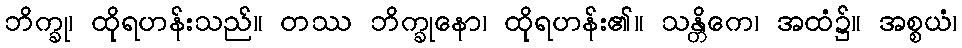
ဘိက္ခု၊ ထိုရဟန်းသည်။ တဿ ဘိက္ခုနော၊ ထိုရဟန်း၏။ သန္တိကေ၊ အထံ၌။ အစ္စယံ၊